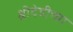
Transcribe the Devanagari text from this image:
श्रीदेवीच्या